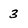
Character: 3